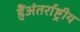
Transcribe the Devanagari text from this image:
हैंअंतर्राष्ट्रीय